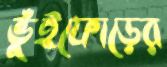
ভুঁইফোড়ের